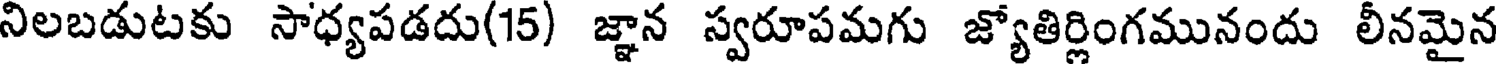
నిలబడుటకు సాధ్యపడదు(15) జ్ఞాన స్వరూపమగు జ్యోతిర్లింగమునందు లీనమైన